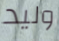
وليد